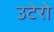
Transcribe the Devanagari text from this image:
उटेरो